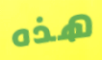
هذه